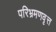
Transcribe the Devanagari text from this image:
परिभ्रमणवृत्त